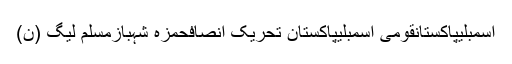
اسمبلیپاکستانقومی اسمبلیپاکستان تحریک انصافحمزہ شہبازمسلم لیگ (ن)